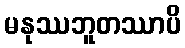
မနုဿဘူတဿာပိ